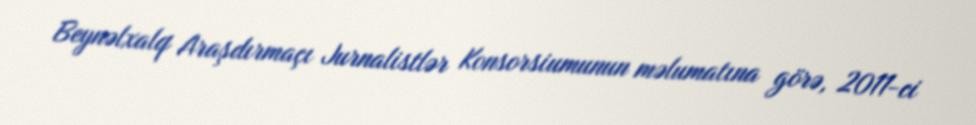
Beynəlxalq Araşdırmaçı Jurnalistlər Konsorsiumunun məlumatına görə, 2011-ci